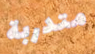
متدربة